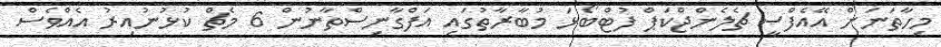
މިހާތަނަށް އޭއެފްސީ ޗެލެންޖްކަޕް ފުޓްބޯޅަ މުބާރާތުގައި އަފްގާނިސްތާނުން 6 މެޗް ކުޅުނުއިރު އެއްވެސް